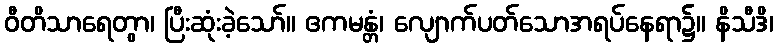
ဝီတိသာရေတွာ၊ ပြီးဆုံးခဲ့သော်။ ဧကမန္တံ၊ လျောက်ပတ်သောအရပ်နေရာ၌။ နိသီဒိ၊